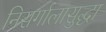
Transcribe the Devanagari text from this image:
निसर्गालासुद्धा